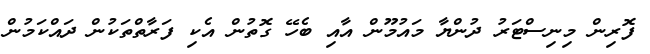
ފޮރިން މިނިސްޓަރު ދުންޔާ މައުމޫން އާއި ބެހޭ ގޮތުން އެކި ފަރާތްތަކުން ދައްކަމުން